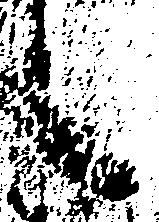
之